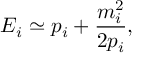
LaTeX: E _ { i } \simeq p _ { i } + \frac { m _ { i } ^ { 2 } } { 2 p _ { i } } ,